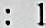
: 1